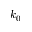
k _ { 0 }